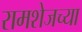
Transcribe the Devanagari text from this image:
रामशेजच्या